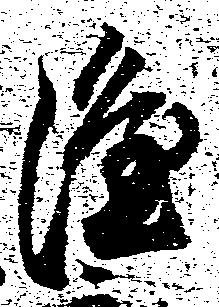
隆